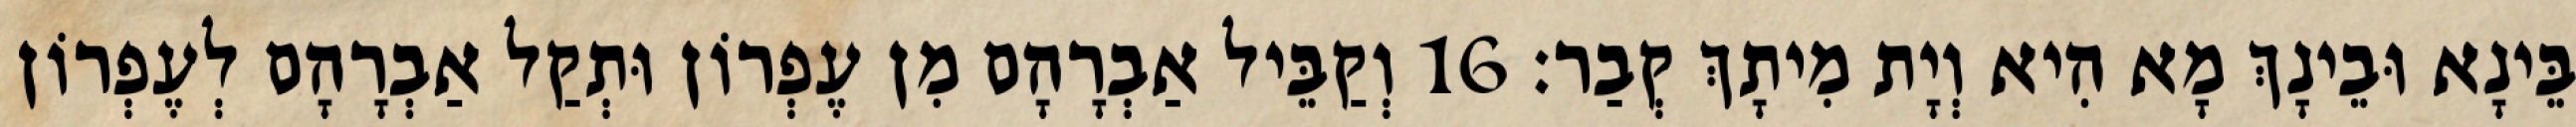
בֵּינָא וּבֵינָךְ מָא הִיא וְיָת מִיתָךְ קְבַר׃ 16 וְקַבֵּיל אַבְרָהָם מִן עֶפְרוֹן וּתְקַל אַבְרָהָם לְעֶפְרוֹן